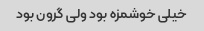
خیلی خوشمزه بود ولی گرون بود